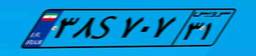
۳۸S۷۰۷۳۱